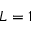
L = 1